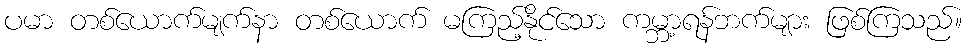
ပမာ တစ်ယောက်မျက်နာ တစ်ယောက် မကြည့်နိုင်သော ကမ္ဘာ့ရန်ဘက်များ ဖြစ်ကြသည်။